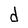
Character: d